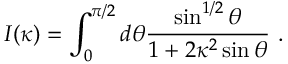
I ( \kappa ) = \int _ { 0 } ^ { \pi / 2 } d \theta { \frac { \sin ^ { 1 / 2 } \theta } { 1 + 2 \kappa ^ { 2 } \sin \theta } } \ .